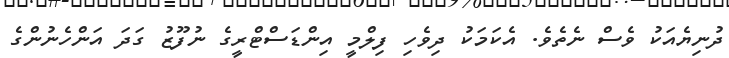
ދުނިޔެއަކު ވެސް ނެތެވެ. އެކަމަކު ދިވެހި ފިލްމީ އިންޑަސްޓްރީގެ ނުފޫޒު ގަދަ އަންހެނުންގެ